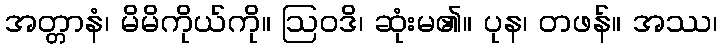
အတ္တာနံ၊ မိမိကိုယ်ကို။ ဩဝဒိ၊ ဆုံးမ၏။ ပုန၊ တဖန်။ အဿ၊